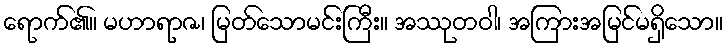
ရောက်၏။ မဟာရာဇ၊ မြတ်သောမင်းကြီး။ အဿုတဝါ၊ အကြားအမြင်မရှိသော။